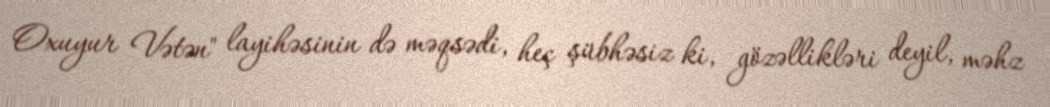
Oxuyur Vətən" layihəsinin də məqsədi, heç şübhəsiz ki, gözəllikləri deyil, məhz